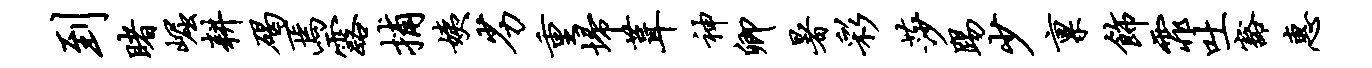
到睹崛耕碣焉露捕姨劣重埽葺神卿暑彩莎踢少禀饰霏吐豁惠